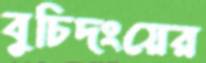
বুচিদংয়ের